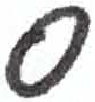
אות: ס